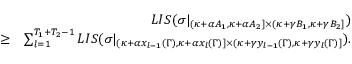
\begin{array} { r l r } & { } & { L I S ( \sigma | _ { ( \kappa + \alpha A _ { 1 } , \kappa + \alpha A _ { 2 } ] \times ( \kappa + \gamma B _ { 1 } , \kappa + \gamma B _ { 2 } ] } ) } \\ & { \geq } & { \sum _ { l = 1 } ^ { T _ { 1 } + T _ { 2 } - 1 } L I S ( \sigma | _ { ( \kappa + \alpha x _ { l - 1 } ( \Gamma ) , \kappa + \alpha x _ { l } ( \Gamma ) ] \times ( \kappa + \gamma y _ { l - 1 } ( \Gamma ) , \kappa + \gamma y _ { l } ( \Gamma ) ] } ) . } \end{array}